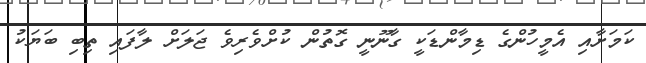
ކަމަށާއި އެމީހުންގެ ޑިމާންޑަކީ ގާނޫނީ ގޮތުން ކުށްވެރިވެ ޖަލަށް ލާފައި ތިބި ބަޔަކު